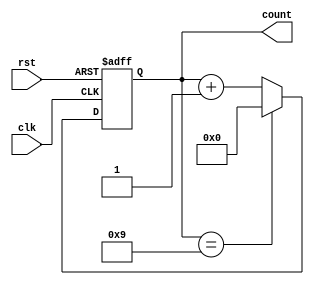
module decade_counter (
    input wire clk,     // Clock input
    input wire rst,     // Reset input
    output reg [3:0] count // Output count value (4 bits for digits 0-9)
);

always @(posedge clk or posedge rst)
begin
    if (rst) // Reset the counter if reset signal is high
        count <= 4'b0000;
    else if (count == 4'b1001) // Reset the counter if count reaches 9
        count <= 4'b0000;
    else // Increment the count by one on each clock pulse
        count <= count + 1;
end

endmodule